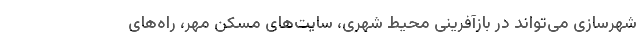
شهرسازی می‌تواند در بازآفرینی محیط شهری، سایت‌های مسکن مهر، راه‌های